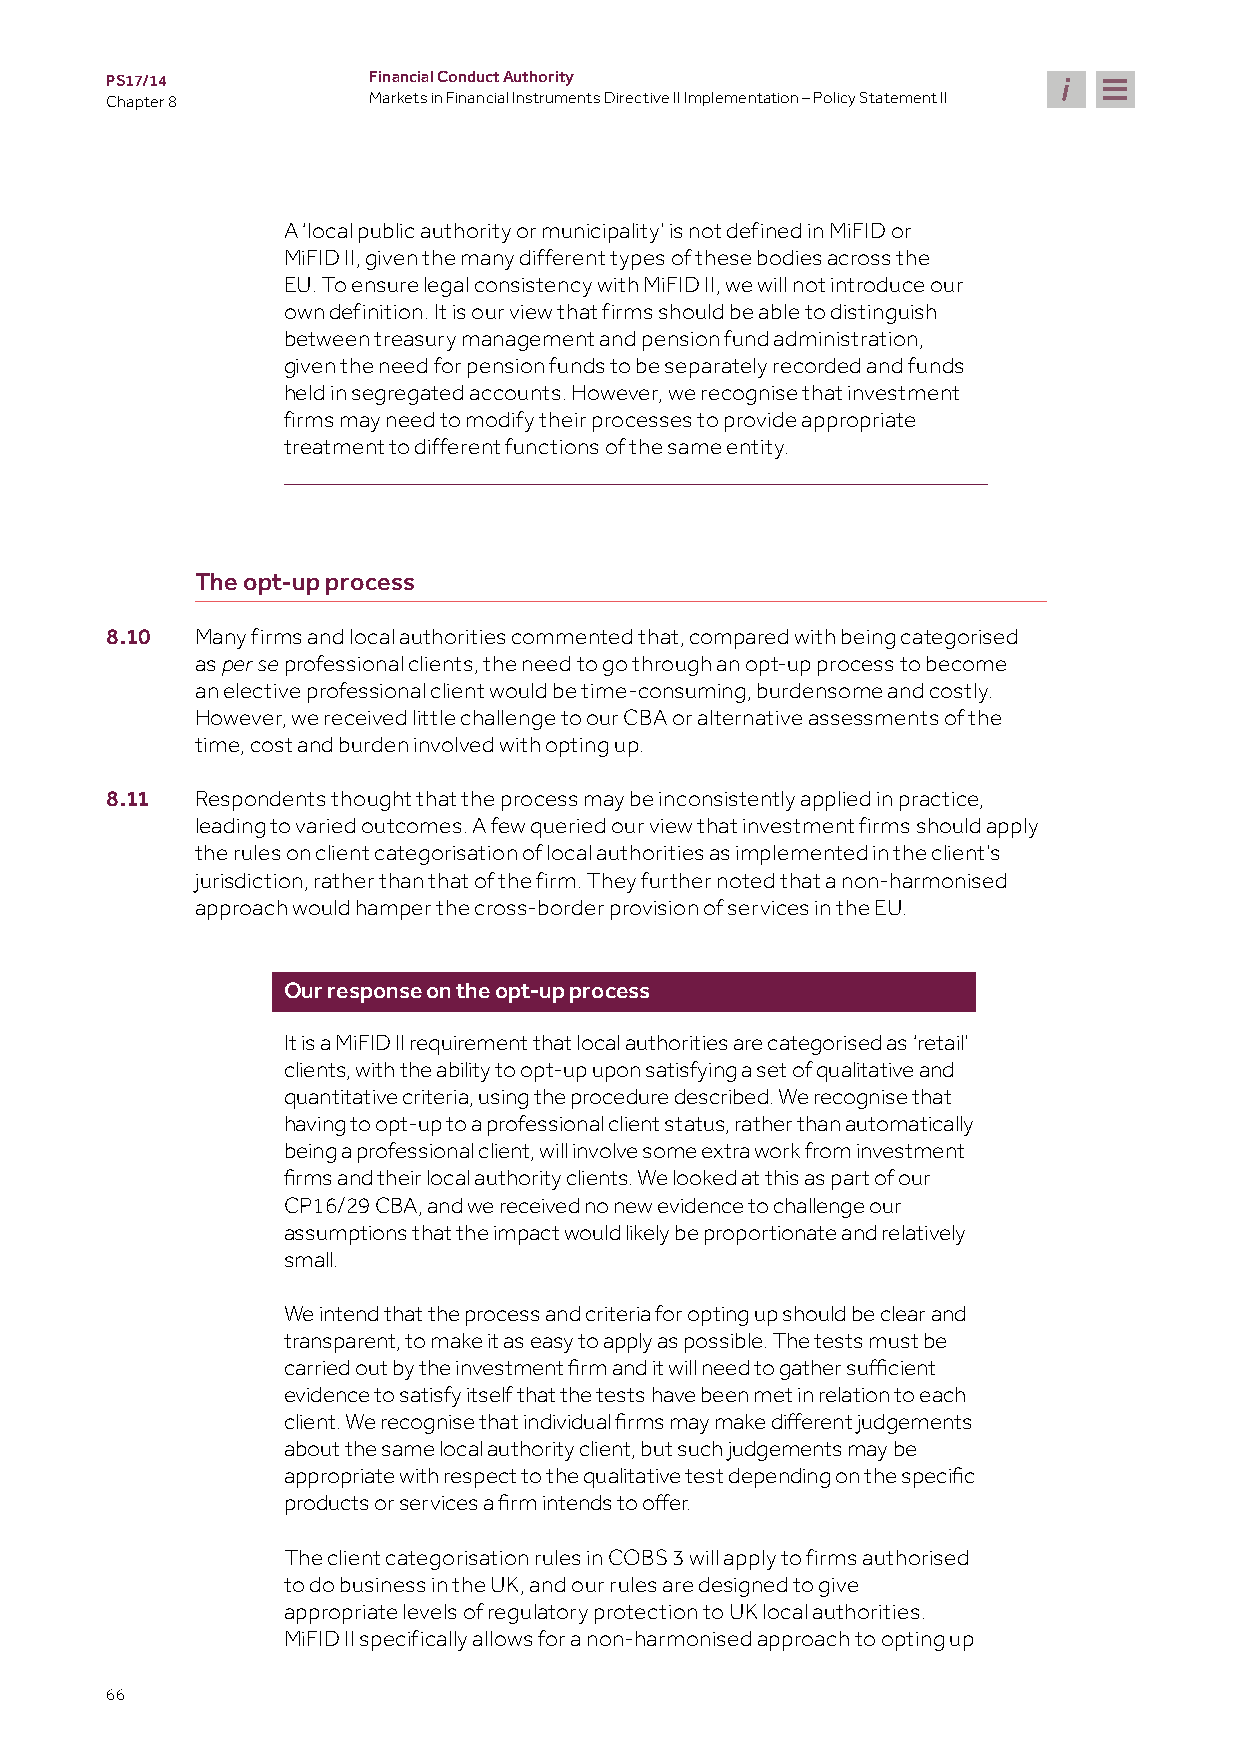
PS17/14          Financial Conduct Authority
 Chapter 8        Markets in Financial Instruments Directive II Implementation – Policy Statement II
 A ‘local public authority or municipality’ is not defined in MiFID or
 MiFID II, given the many different types of these bodies across the
 EU. To ensure legal consistency with MiFID II, we will not introduce our
 own definition. It is our view that firms should be able to distinguish
 between treasury management and pension fund administration,
 given the need for pension funds to be separately recorded and funds
 held in segregated accounts. However, we recognise that investment
 firms may need to modify their processes to provide appropriate
 treatment to different functions of the same entity.
 The opt-up process
 8.10  Many firms and local authorities commented that, compared with being categorised
 as    professional clients, the need to go through an opt-up process to become
 per se
 an elective professional client would be time-consuming, burdensome and costly.
 However, we received little challenge to our CBA or alternative assessments of the
 time, cost and burden involved with opting up.
 8.11  Respondents thought that the process may be inconsistently applied in practice,
 leading to varied outcomes. A few queried our view that investment firms should apply
 the rules on client categorisation of local authorities as implemented in the client’s
 jurisdiction, rather than that of the firm. They further noted that a non-harmonised
 approach would hamper the cross-border provision of services in the EU.
 Our response on the opt-up process
 It is a MiFID II requirement that local authorities are categorised as ‘retail’
 clients, with the ability to opt-up upon satisfying a set of qualitative and
 quantitative criteria, using the procedure described. We recognise that
 having to opt-up to a professional client status, rather than automatically
 being a professional client, will involve some extra work from investment
 firms and their local authority clients. We looked at this as part of our
 CP16/29 CBA, and we received no new evidence to challenge our
 assumptions that the impact would likely be proportionate and relatively
 small.
 We intend that the process and criteria for opting up should be clear and
 transparent, to make it as easy to apply as possible. The tests must be
 carried out by the investment firm and it will need to gather sufficient
 evidence to satisfy itself that the tests have been met in relation to each
 client. We recognise that individual firms may make different judgements
 about the same local authority client, but such judgements may be
 appropriate with respect to the qualitative test depending on the specific
 products or services a firm intends to offer.
 The client categorisation rules in COBS 3 will apply to firms authorised
 to do business in the UK, and our rules are designed to give
 appropriate levels of regulatory protection to UK local authorities.
 MiFID II specifically allows for a non-harmonised approach to opting up
 66